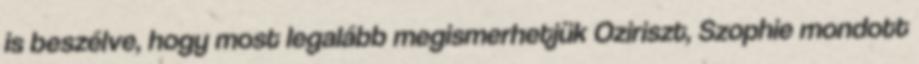
is beszélve, hogy most legalább megismerhetjük Oziriszt, Szophie mondott